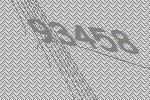
93458